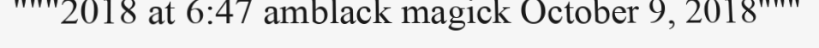
"""2018 at 6:47 amblack magick October 9, 2018"""